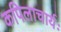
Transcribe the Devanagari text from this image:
कपिलाचार्यः